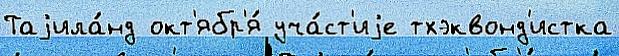
Таjила́нд окт'ябр'я́ уча́ст'иjе тхэквонд'истка